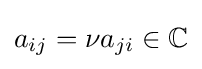
a_{ij}=\nu a_{ji}\in \mathbb {C}